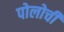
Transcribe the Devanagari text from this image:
पोलोची